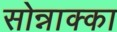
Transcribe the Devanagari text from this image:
सोन्नाक्का